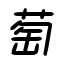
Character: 萄